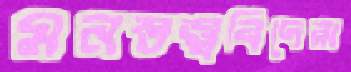
মনস্তত্ত্ববিদেরা